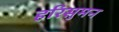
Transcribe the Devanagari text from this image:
हरिसुमन